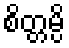
စိတ္တမ္ပိ